Leaving Certificate Examination, 1922
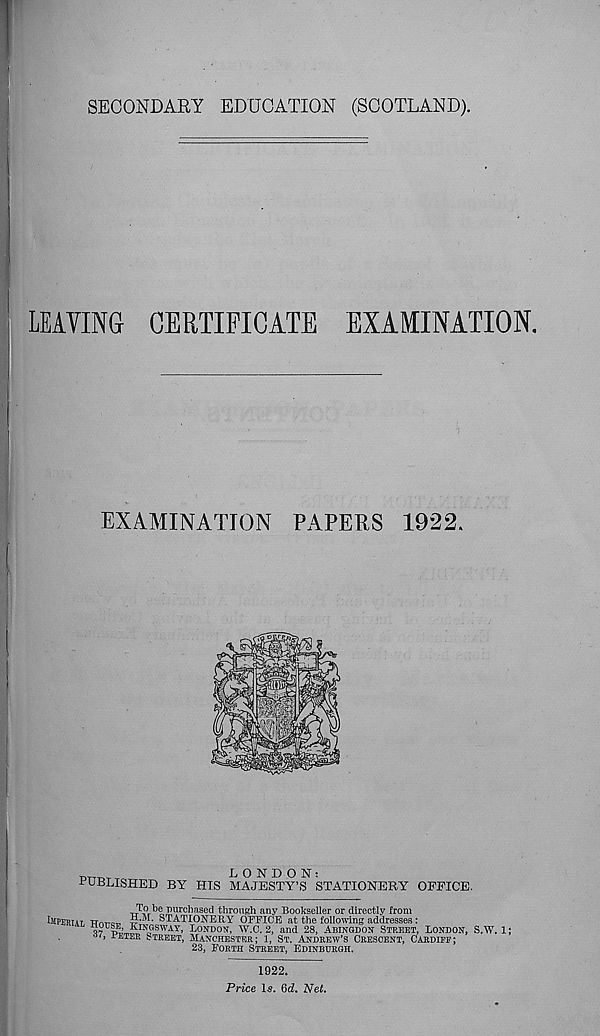
SECONDARY EDUCATION (SCOTLAND).
LEAVING CERTIFICATE EXAMINATION.
EXAMINATION PAPERS 1922.
PUBLISHED BY HIS
LONDON:
MAJESTY’S STATIONERY OFFICE.
To be purchased through any Bookseller or directly from
LIPEMAT TTOT-OT,
STATIONERY OFFICE at the following addresses :
flonsE, KINGSWAY, LONDON, W.C. 2, and 28, ABINGDON STKEET, LONDON, S.W.:
oi, FLIER STREET, MANCHESTER; 1, ST. ANDREW’S CRESCENT, CARDIFF;
23, FORTH STREET, EDINBURGH.
1922.
Price Is. 6d. Net.